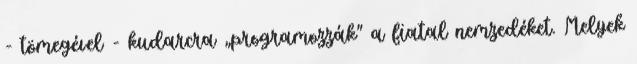
- tömegével - kudarcra „programozzák” a fiatal nemzedéket. Melyek